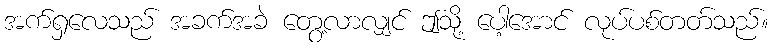
အက်ရှလေသည် အခက်အခဲ တွေ့လာလျှင် ဤသို့ ပေါ့အောင် လုပ်ပစ်တတ်သည်။